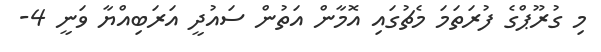
މި ގުރޫޕްގެ ފުރަތަމަ މެޗުގައި އޮމާން އަތުން ސައުދީ އަރަބިއްޔާ ވަނީ 4-